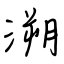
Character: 溯